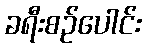
ခရီးစဉ်ပေါင်း